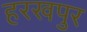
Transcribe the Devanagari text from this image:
हरखपुर